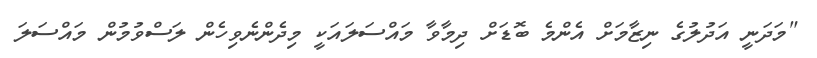
"މަދަނީ އަދުލުގެ ނިޒާމަށް އެންމެ ބޮޑަށް ދިމާވާ މައްސަލައަކީ މިދެންނެވިހެން ލަސްވުމުން މައްސަލަ